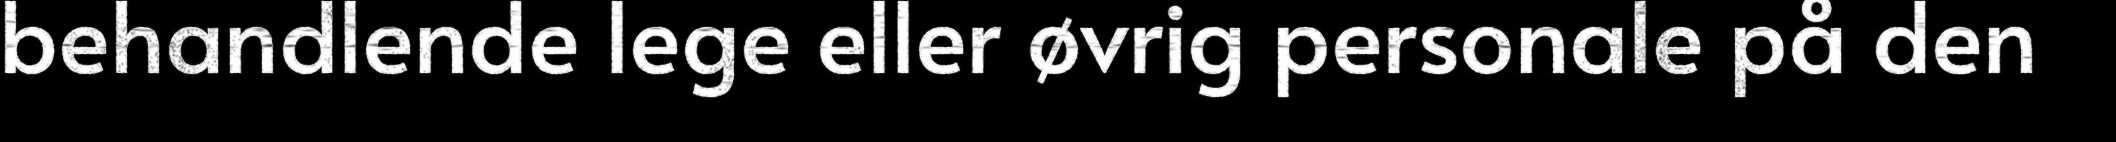
behandlende lege eller øvrig personale på den